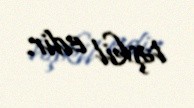
təşkil edir.